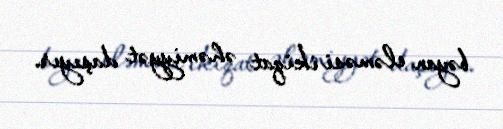
bəyan eləməsi ikiqat əhəmiyyət daşıyır.